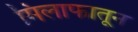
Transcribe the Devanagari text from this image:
मिलाफातून